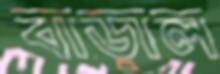
বাড়াল